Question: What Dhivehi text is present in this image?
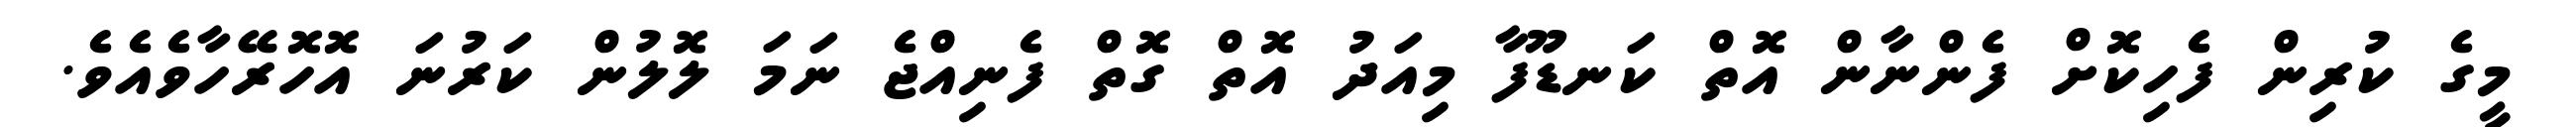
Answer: މީގެ ކުރިން ފެހިކޮށް ފެންނާން އޮތް ކަނޑޫފާ މިއަދު އޮތް ގޮތް ފެނިއްޖެ ނަމަ ލޮލުން ކަރުނަ އޮހޮރޭހާވެއެވެ.